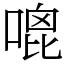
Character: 𠹇